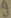
Text: 9